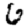
Digit: 6